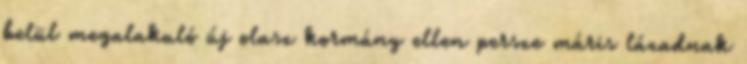
belül megalakuló új olasz kormány ellen persze máris lázadnak